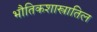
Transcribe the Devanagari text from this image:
भौतिकशास्त्रातिल